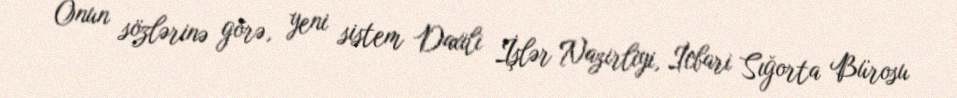
Onun sözlərinə görə, yeni sistem Daxili İşlər Nazirliyi, İcbari Sığorta Bürosu